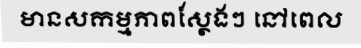
មានសកម្មភាពស្ថែងៗ នៅពេល